Physiological action of certain drugs in tablet form - Number 52A
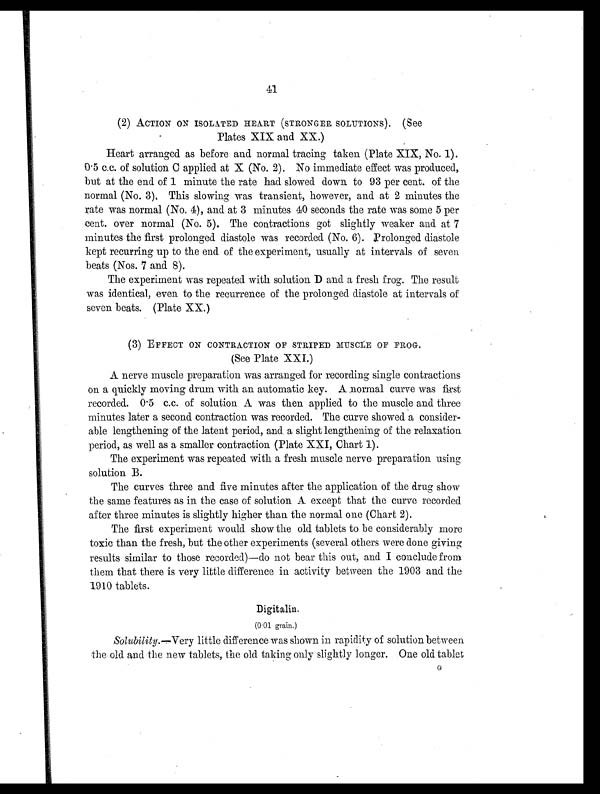
41
(2) ACTION ON ISOLATED HEART (STRONGER SOLUTIONS). (See
Plates XIX and XX.)
Heart arranged as before and normal tracing taken (Plate XIX, No. 1).
0.5 c.c. of solution C applied at X (No. 2). No immediate effect was produced,
but at the end of 1 minute the rate had slowed down. to 93 per cent. of the
normal (No. 3), This slowing was transient, however, and at 2 minutes the
rate was normal (No. 4), and at 3 minutes 40 seconds the rate was some 5 per
cent. over normal (No. 5). The contractions got slightly weaker and at 7
minutes the first prolonged diastole was recorded (No. 6). prolonged diastole
kept recurring up to the end of the experiment, usually at intervals of seven
beats (Nos. 7 and 8).
The experiment was repeated with solution D and a fresh frog. The result
was identical, even to the recurrence of the prolonged diastole at intervals of
seven beats. (Plate XX.)
(3) EFFECT ON CONTRACTION OF STRIPED MUSCLE OF FROG.
(See Plate XXI.)
A nerve muscle preparation was arranged for recording single contractions
on a quickly moving drum with an automatic key. A normal curve was first
recorded. 0.5 c.c. of solution A was then applied to the muscle and three
minutes later a second contraction was recorded. The curve showed a consider-
able lengthening of the latent period, and a slight lengthening of the relaxation
period, as well as a smaller contraction (Plate XXI, Chart 1).
The experiment was repeated with a fresh muscle nerve preparation using
solution B.
The curves three and five minutes after the application of the drug show
the same features as in the case of solution A except that the curve recorded
after three minutes is slightly higher than the normal one (Chart 2).
The first experiment would show the old tablets to be considerably more
toxic than the fresh, but the other experiments (several others were done giving
results similar to those recorded)—do not bear this out, and I conclude from
them that there is very little difference in activity between the 1903 and the
1910 tablets.
Digitalin.
(0 01 grain.)
Solubility. —Very little difference was shown in rapidity of solution between
the old and the new tablets, the old taking only slightly longer. One old tablet G